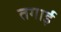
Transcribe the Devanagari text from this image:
तगाई